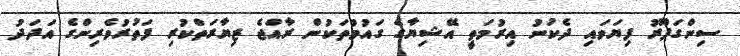
ސިންގަޕޫރު ފިޔަވައި ދެކުނު އިރުމަތީ އޭޝިޔާގެ ގައުމުތަކުން ރާއްޖެ ޒިޔާރަތްކުރި ފަތުރުވެރިންގެ އަދަދު